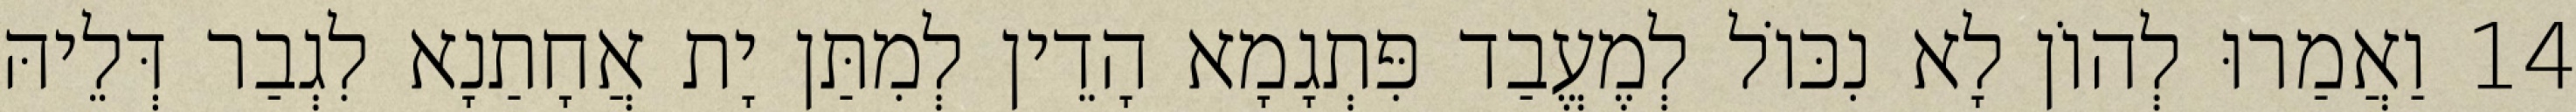
14 וַאֲמַרוּ לְהוֹן לָא נִכּוֹל לְמֶעֱבַד פִּתְגָמָא הָדֵין לְמִתַּן יָת אֲחָתַנָא לִגְבַר דְּלֵיהּ